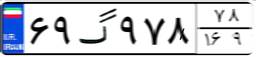
۶۹گ۹۷۸۷۸